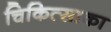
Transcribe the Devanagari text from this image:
चिकित्साका